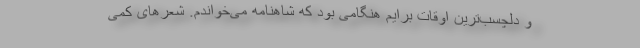
و دلچسب‌ترین اوقات برایم هنگامی بود که شاهنامه می‌خواندم. شعرهای کمی